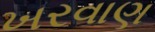
ખરવાણ